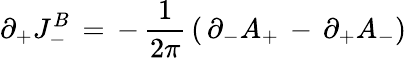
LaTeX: \partial_{+}J_{-}^{B}\, =\, -\, {\frac{1}{2\pi}}\, (\, \partial_{-}A_{+}\, -\, \partial_{+}A_{-})